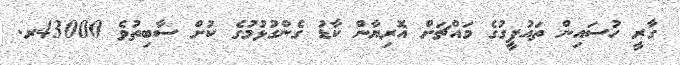
ގާރީ ހުސައިން ތައުފީގުގެ މައްޗަށް އޮރިޔާން ކާޑު ގެންގުޅުމުގެ ކުށް ސާބިތުވެ 43000ރ.